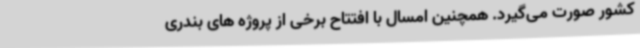
کشور صورت می‌گیرد. همچنین امسال با افتتاح برخی از پروژه های بندری